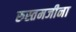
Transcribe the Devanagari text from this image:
रुस्तमजीना